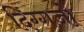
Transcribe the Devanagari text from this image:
दिग्गज़ों